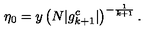
\eta _ { 0 } = y \left( N | g _ { k + 1 } ^ { c } | \right) ^ { - \frac { 1 } { k + 1 } } .